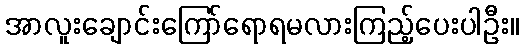
အာလူးချောင်းကြော်ရောရမလားကြည့်ပေးပါဦး။